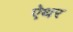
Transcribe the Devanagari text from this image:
ऐथर